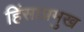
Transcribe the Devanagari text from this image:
हिंसाप्रमुख